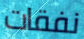
نفقات